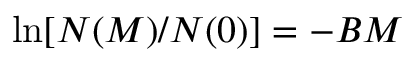
\ln [ N ( M ) / N ( 0 ) ] = - B M